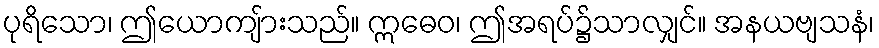
ပုရိသော၊ ဤယောကျ်ားသည်။ ဣဓေဝ၊ ဤအရပ်၌သာလျှင်။ အနယဗျသနံ၊